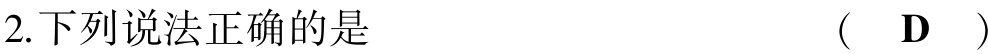
2.下列说法正确的是  （  D  ）